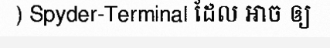
) Spyder-Terminal ដែល អាច ឲ្យ